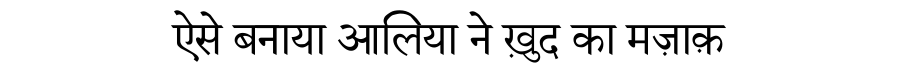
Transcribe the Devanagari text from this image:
ऐसे बनाया आलिया ने ख़ुद का मज़ाक़